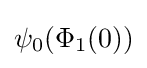
\psi _{0}(\Phi _{1}(0))